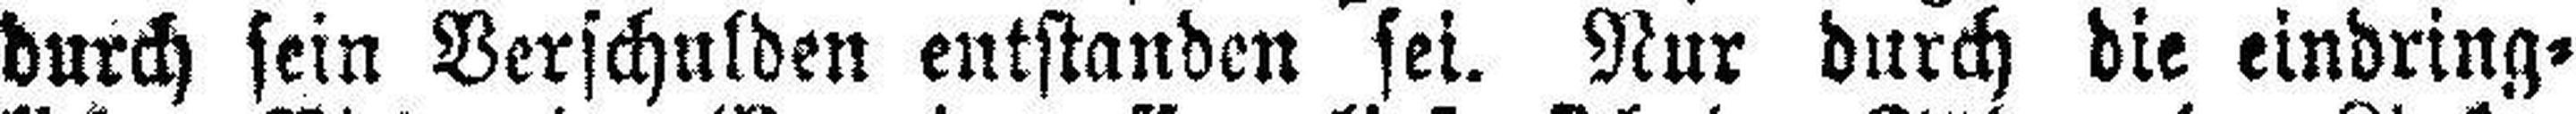
durch sein Verschulden entstanden sei. Nur durch die eindring¬